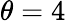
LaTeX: \theta=4